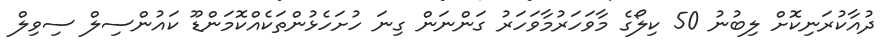
ދުއާކުރަނިކޮށް ލިބުނު 50 ކިލޯގެ މާވަހަރުމާވަހަރު ގަންނަން ގިނަ ހުށަހެޅުންތަކެއްކޮމަންޑޫ ކައުންސިލް ސިވިލް